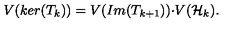
V ( k e r ( T _ { k } ) ) = V ( I m ( T _ { k + 1 } ) ) { \cdot } V ( { \cal H \/ } _ { k } ) .